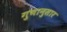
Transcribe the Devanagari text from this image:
गुणानुसार